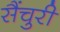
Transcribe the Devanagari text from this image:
सैंचुरी